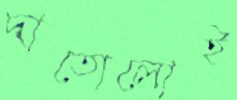
দাতোলোই